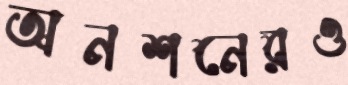
অনশনেরও